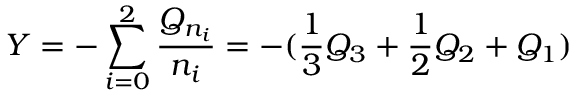
Y = - \sum _ { i = 0 } ^ { 2 } \frac { Q _ { n _ { i } } } { n _ { i } } = - ( \frac { 1 } { 3 } Q _ { 3 } + \frac { 1 } { 2 } Q _ { 2 } + Q _ { 1 } )